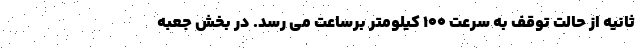
ثانیه از حالت توقف به سرعت 100 کیلومتر برساعت می رسد. در بخش جعبه